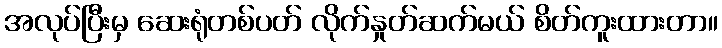
အလုပ်ပြီးမှ ဆေးရုံတစ်ပတ် လိုက်နှုတ်ဆက်မယ် စိတ်ကူးထားတာ။